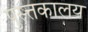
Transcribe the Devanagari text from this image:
पुस्त्तकालय